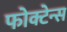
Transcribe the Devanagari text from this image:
फोक्टेन्स